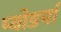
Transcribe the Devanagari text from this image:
प्योडर्मा